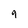
Character: 9